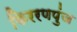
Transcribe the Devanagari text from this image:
किररणपुंज